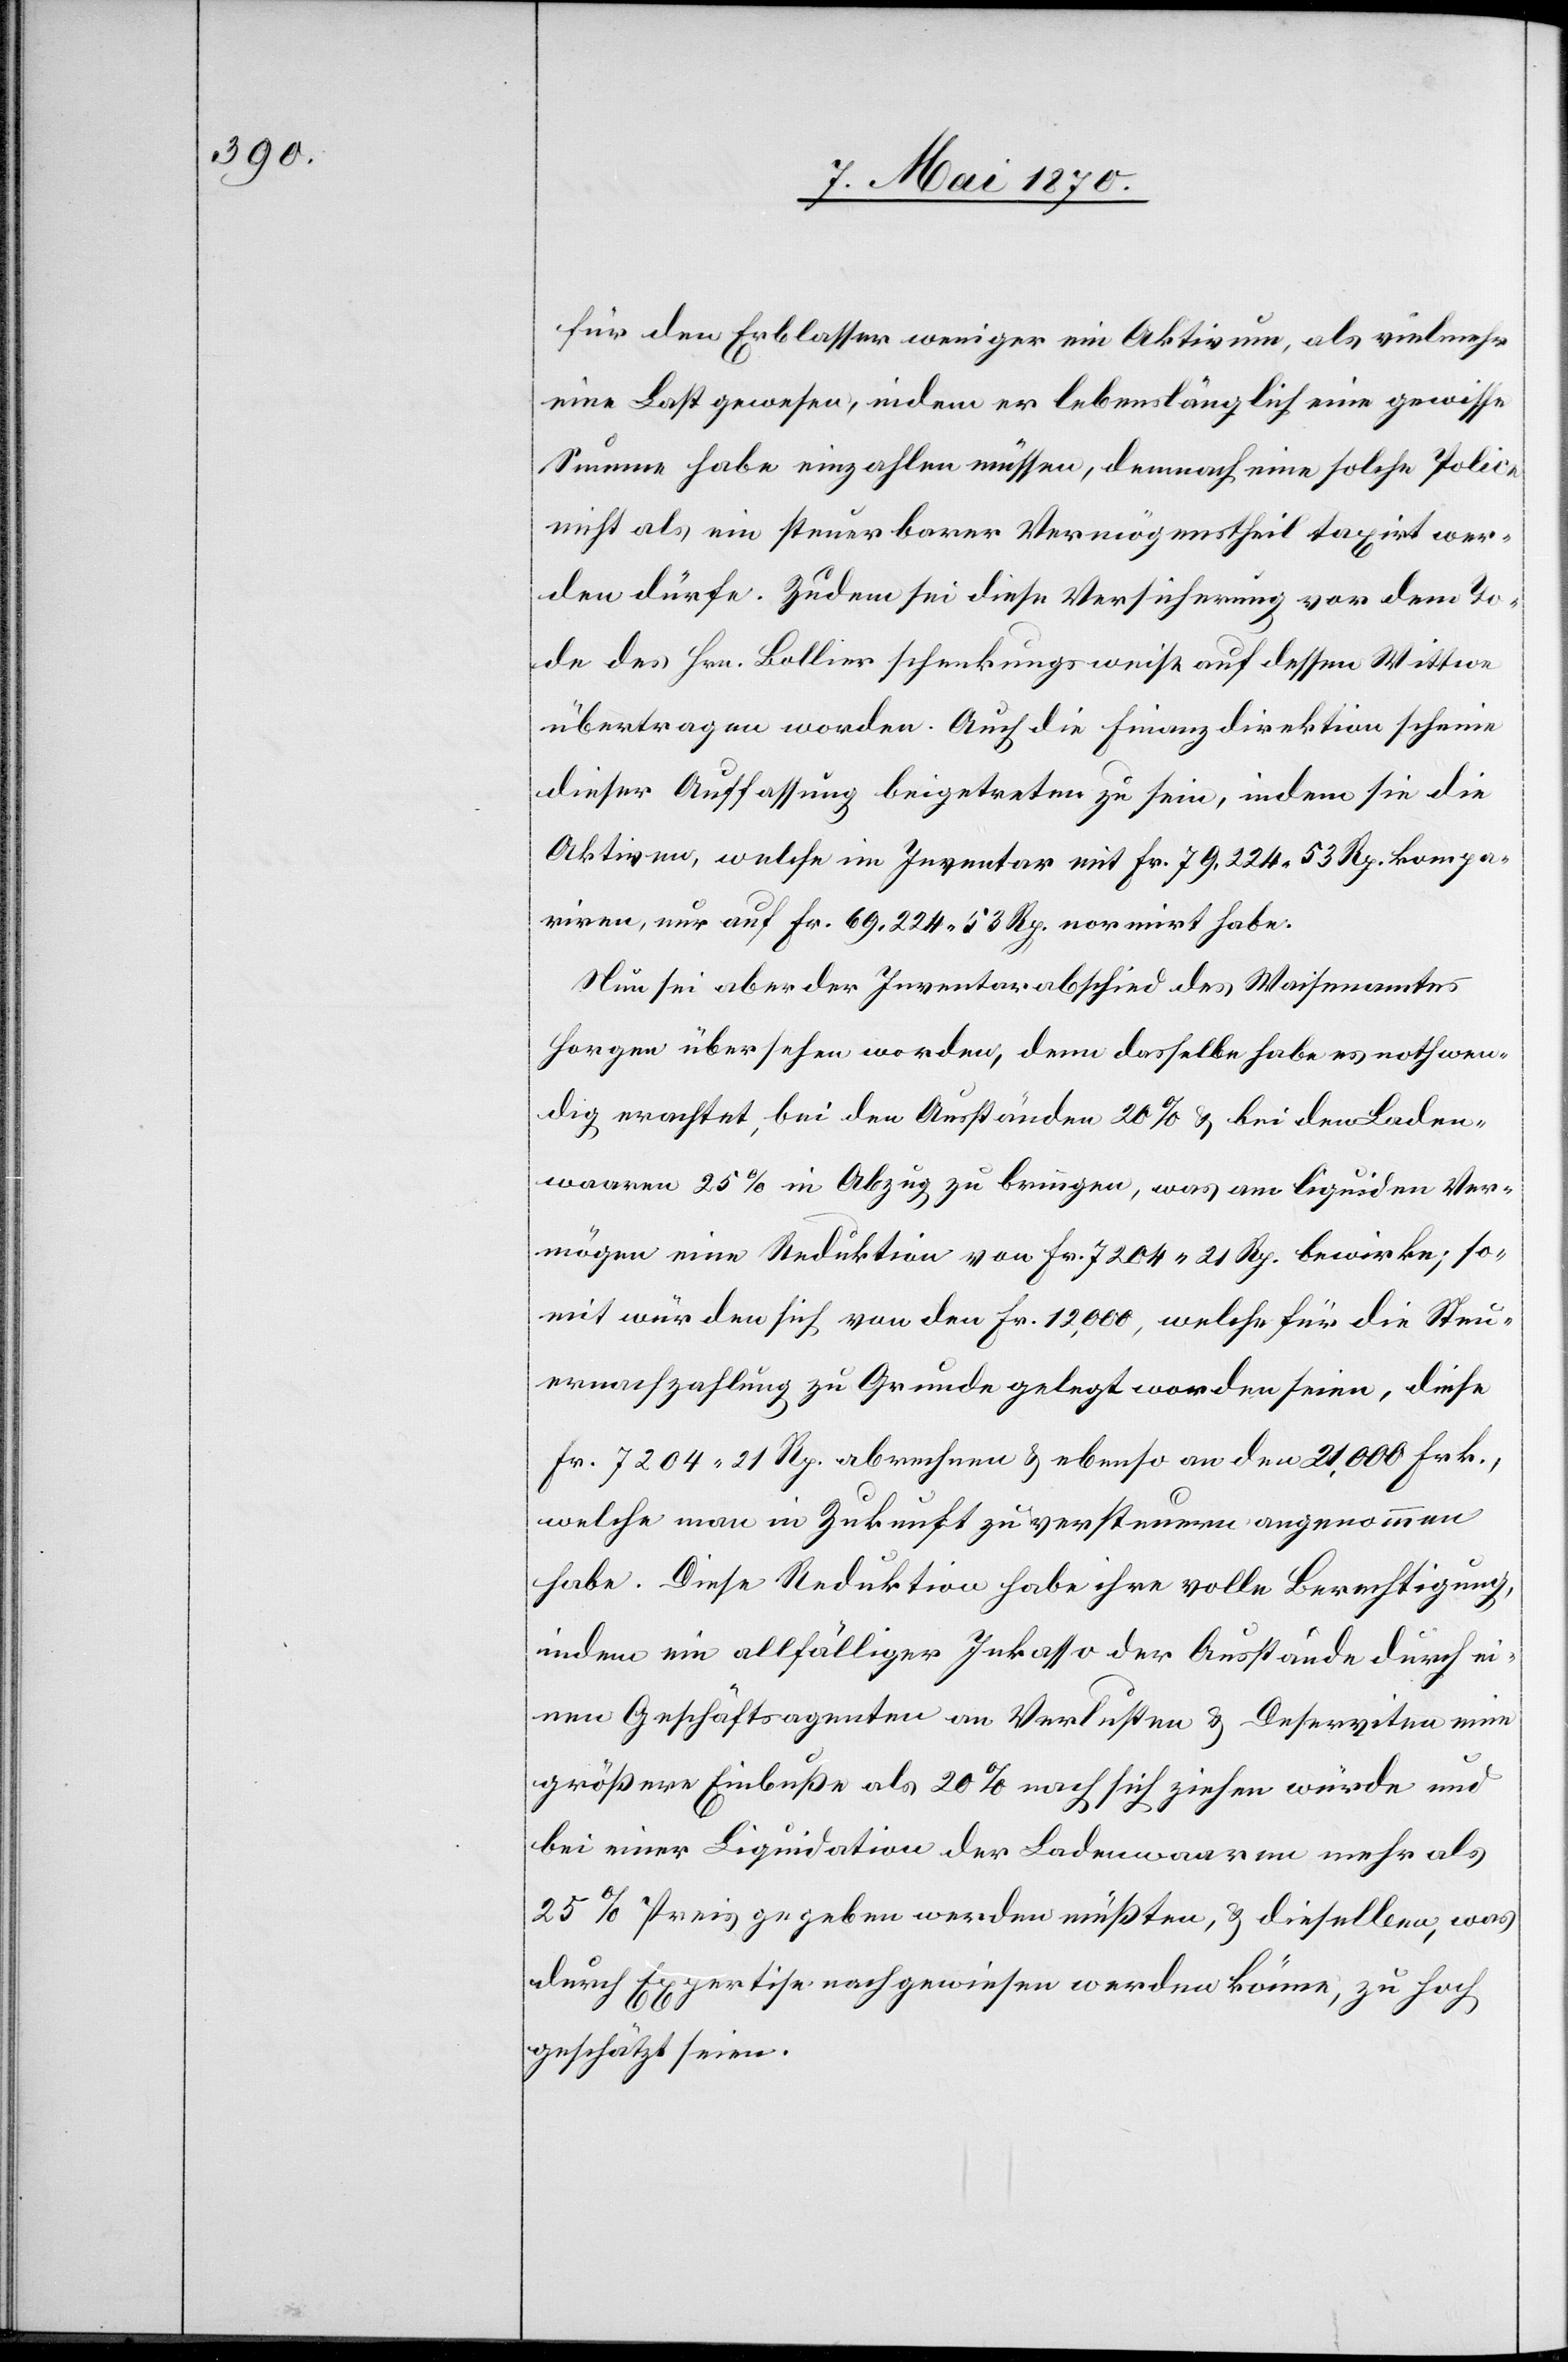
für den Erblasser weniger ein Aktivum, als vielmehr
eine Last gewesen, indem er lebenslänglich eine gewisse
Summe habe einzahlen müssen, demnach eine solche Police
nicht als ein steuerbarer Vermögenstheil taxirt wer¬
den dürfe. Zudem sei diese Versicherung vor dem To¬
de des Hrn. Bollier schenkungsweise auf dessen Wittwe
übertragen worden. Auch die Finanzdirektion scheine
dieser Auffassung beigetreten zu sein, indem sie die
Aktiven, welche im Inventar mit Fr. 79,224.53 Rp. kompa¬
riren, nur auf Fr.69,224.53 Rp. normirt habe.
Nun sei aber der Inventarabschied des Waisenamtes
Horgen übersehen worden, denn dasselbe habe es nothwen¬
dig erachtet, bei den Ausständen 20% & bei den Laden¬
waaren 25% in Abzug zu bringen, was am liquiden Ver¬
mögen eine Reduktion von Fr. 7204.21 Rp. bewirke; so¬
mit würden sich von den Fr. 12,000, welche für die Steu¬
ernachzahlung zu Grunde gelegt worden seien, diese
Fr. 7204.21 Rp. abnehmen & ebenso an den 21,000 Frk.,
welche man in Zukunft zu versteuern angenommen
habe. Diese Reduktion habe ihre volle Berechtigung,
indem ein allfälliger Inkasso oder Ausstände durch ei¬
nen Geschäftsagenten an Verlusten & Deserviten eine
größere Einbuße als 20% nach sich ziehen würde und
bei einer Liquidation der Ladenwaaren mehr als
25% Preis gegeben werden müßten, & dieselben, was
durch Expertise nachgewiesen werden könne, zu hoch
geschätzt seien.